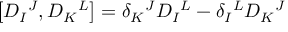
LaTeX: \left[ D _ { I } { } ^ { J } , D _ { K } { } ^ { L } \right] = \delta _ { K } { } ^ { J } D _ { I } { } ^ { L } - \delta _ { I } { } ^ { L } D _ { K } { } ^ { J }